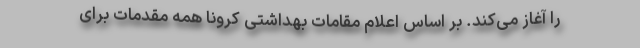
را آغاز می‌کند. بر اساس اعلام مقامات بهداشتی کرونا همه مقدمات برای